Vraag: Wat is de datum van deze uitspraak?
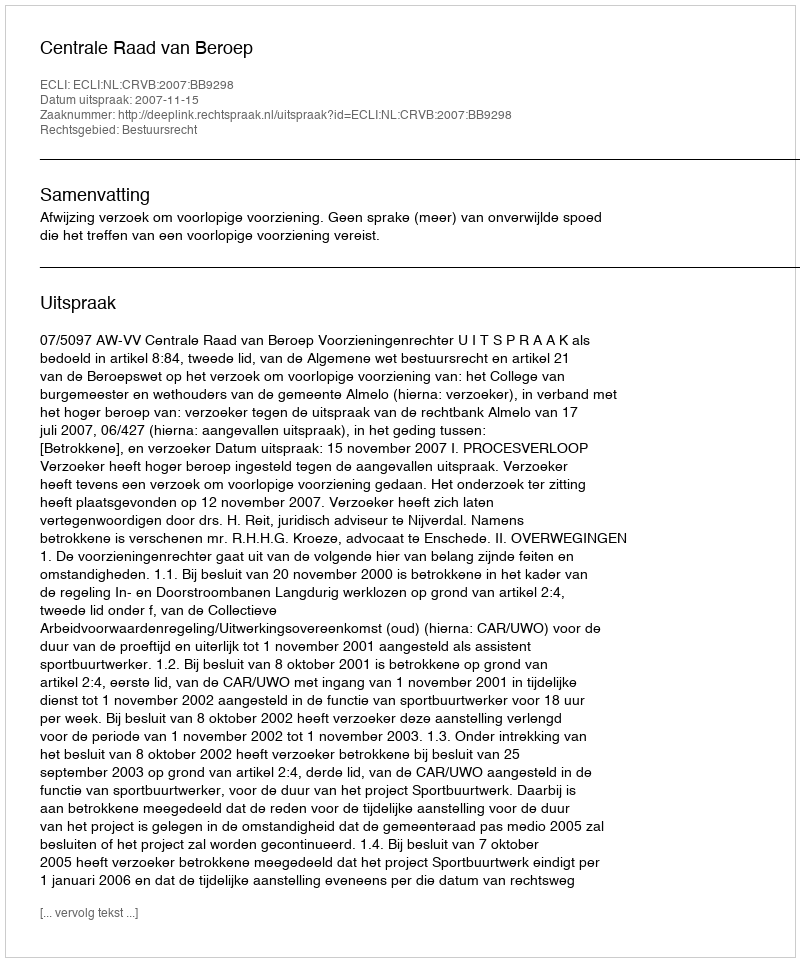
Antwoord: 2007-11-15